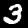
Digit: 3